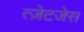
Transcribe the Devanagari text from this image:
त्ज़ेटजेस